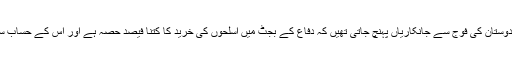
ان کے پاس وزارتِ دفاع سے، ہندوستان کی فوج سے جانکاریاں پہنچ جاتی تھیں کہ دفاع کے بجٹ میں اسلحوں کی خرید کا کتنا فیصد حصہ ہے اور اس کے حساب سے وہ منصوبہ بنانے لگتے تھے۔